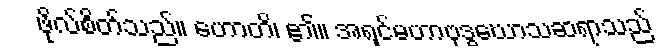
ဖိုလ်စိတ်သည်။ ဟောတိ၊ ၏။ အရှင်မဟာဗုဒ္ဓဃောသဆရာသည်